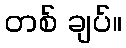
တစ် ချပ်။